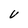
Character: U